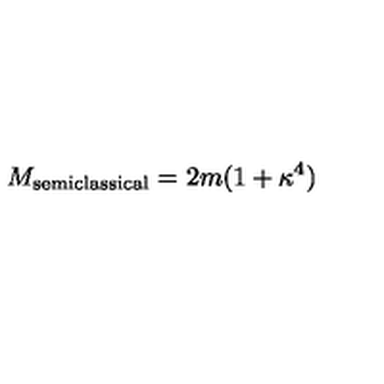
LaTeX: M _ { \mathrm { s e m i c l a s s i c a l } } = 2 m ( 1 + \kappa ^ { 4 } )